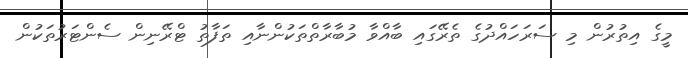
މީގެ އިތުރުން މި ސަރަހައްދުގެ ތެރޭގައި ބާއްވާ މުބާރާތްތަކުންނާއި ތަފާތު ޓްރޭނިން ސެންޓަރުތަކުން